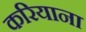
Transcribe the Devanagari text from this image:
करियाना